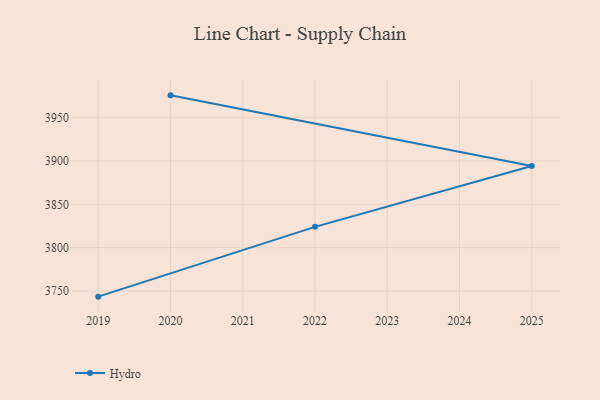
{"axis": {"x": "Year", "y": "Net Income (USD K)"}, "legend": ["Hydro"], "data": [{"x": "2019", "y": 3743.5, "type": "Hydro"}, {"x": "2022", "y": 3824.0, "type": "Hydro"}, {"x": "2025", "y": 3894.2, "type": "Hydro"}, {"x": "2020", "y": 3975.7, "type": "Hydro"}]}